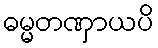
ဓမ္မတဏှာယပိ